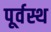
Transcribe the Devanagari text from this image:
पूर्वस्थ